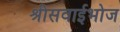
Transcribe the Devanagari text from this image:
श्रीसवाईभोज